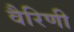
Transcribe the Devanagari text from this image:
वैरिणी